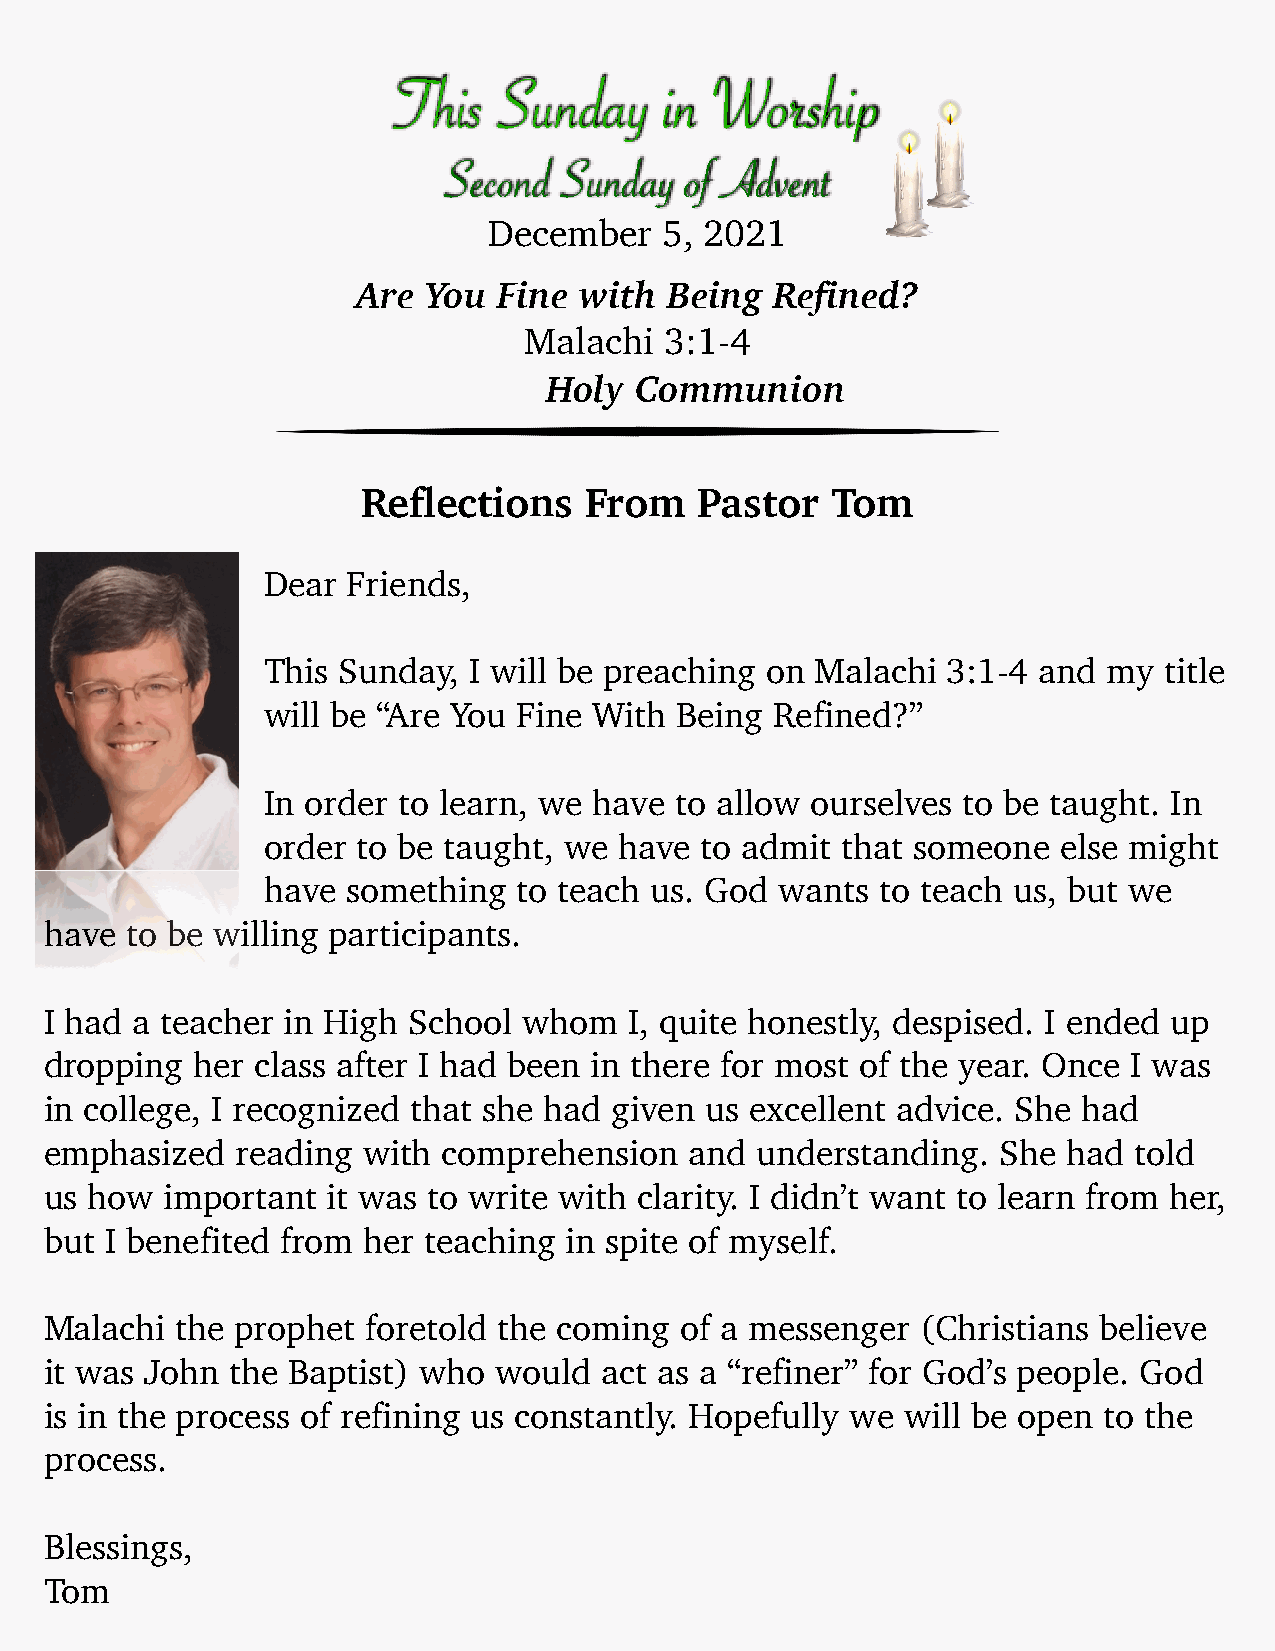
This   Sunday     in Worship
 Second  Sunday  of Advent
 December    5, 2021
 Are You  Fine with  Being  Refined?
 Malachi  3:1-4
 Holy  Communion
 Reflections    From   Pastor   Tom
 Dear  Friends,
 This Sunday,  I will be preaching on Malachi  3:1-4 and my  title
 will be “Are You Fine With  Being Refined?”
 In order to learn, we have  to allow ourselves to be taught. In
 order  to be taught, we have to admit  that someone  else might
 have  something  to teach us. God  wants to teach us, but we
 have to be willing participants.
 I had a teacher in High School  whom   I, quite honestly, despised. I ended up
 dropping  her class after I had been in there for most of the year. Once I was
 in college, I recognized that she had given us excellent advice. She had
 emphasized   reading with comprehension    and understanding.  She  had told
 us how  important  it was to write with clarity. I didn’t want to learn from her,
 but I benefited from her teaching in spite of myself.
 Malachi  the prophet foretold the coming  of a messenger  (Christians believe
 it was John the Baptist) who  would  act as a “refiner” for God’s people. God
 is in the process of refining us constantly. Hopefully we will be open to the
 process.
 Blessings,
 Tom